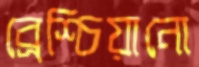
ব্রেশ্চিয়ানো